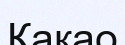
Какао